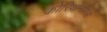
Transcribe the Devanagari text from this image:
कोरिथोसौरस